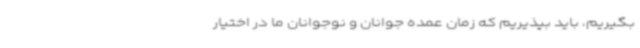
بگیریم، باید بپذیریم که زمان عمده جوانان و نوجوانان ما در اختیار